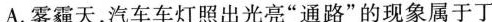
A.雾霾天，汽车车灯照出光亮”通路”的现象属于丁